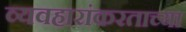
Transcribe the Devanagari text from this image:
व्यवहारांकरताच्या